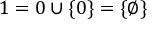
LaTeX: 1 = 0 \cup \{ 0 \} = \{ \varnothing \}